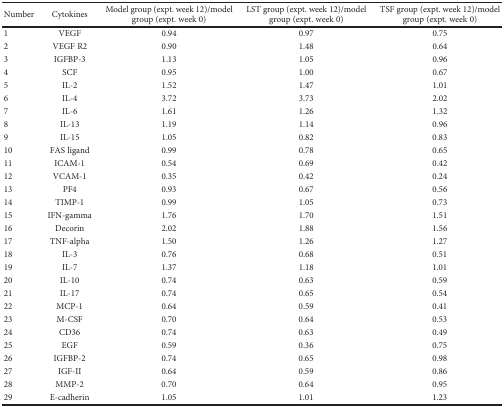
<table><thead><tr><td><b>Number</b></td><td><b>Cytokines</b></td><td><b>Model group (expt. week 12)/model group (expt. week 0)</b></td><td><b>LST group (expt. week 12)/model group (expt. week 0)</b></td><td><b>TSF group (expt. week 12)/model group (expt. week 0)</b></td></tr></thead><tbody><tr><td>1</td><td>VEGF</td><td>0.94</td><td>0.97</td><td>0.75</td></tr><tr><td>2</td><td>VEGF R2</td><td>0.90</td><td>1.48</td><td>0.64</td></tr><tr><td>3</td><td>IGFBP-3</td><td>1.13</td><td>1.05</td><td>0.96</td></tr><tr><td>4</td><td>SCF</td><td>0.95</td><td>1.00</td><td>0.67</td></tr><tr><td>5</td><td>IL-2</td><td>1.52</td><td>1.47</td><td>1.01</td></tr><tr><td>6</td><td>IL-4</td><td>3.72</td><td>3.73</td><td>2.02</td></tr><tr><td>7</td><td>IL-6</td><td>1.61</td><td>1.26</td><td>1.32</td></tr><tr><td>8</td><td>IL-13</td><td>1.19</td><td>1.14</td><td>0.96</td></tr><tr><td>9</td><td>IL-15</td><td>1.05</td><td>0.82</td><td>0.83</td></tr><tr><td>10</td><td>FAS ligand</td><td>0.99</td><td>0.78</td><td>0.65</td></tr><tr><td>11</td><td>ICAM-1</td><td>0.54</td><td>0.69</td><td>0.42</td></tr><tr><td>12</td><td>VCAM-1</td><td>0.35</td><td>0.42</td><td>0.24</td></tr><tr><td>13</td><td>PF4</td><td>0.93</td><td>0.67</td><td>0.56</td></tr><tr><td>14</td><td>TIMP-1</td><td>0.99</td><td>1.05</td><td>0.73</td></tr><tr><td>15</td><td>IFN-gamma</td><td>1.76</td><td>1.70</td><td>1.51</td></tr><tr><td>16</td><td>Decorin</td><td>2.02</td><td>1.88</td><td>1.56</td></tr><tr><td>17</td><td>TNF-alpha</td><td>1.50</td><td>1.26</td><td>1.27</td></tr><tr><td>18</td><td>IL-3</td><td>0.76</td><td>0.68</td><td>0.51</td></tr><tr><td>19</td><td>IL-7</td><td>1.37</td><td>1.18</td><td>1.01</td></tr><tr><td>20</td><td>IL-10</td><td>0.74</td><td>0.63</td><td>0.59</td></tr><tr><td>21</td><td>IL-17</td><td>0.74</td><td>0.65</td><td>0.54</td></tr><tr><td>22</td><td>MCP-1</td><td>0.64</td><td>0.59</td><td>0.41</td></tr><tr><td>23</td><td>M-CSF</td><td>0.70</td><td>0.64</td><td>0.53</td></tr><tr><td>24</td><td>CD36</td><td>0.74</td><td>0.63</td><td>0.49</td></tr><tr><td>25</td><td>EGF</td><td>0.59</td><td>0.36</td><td>0.75</td></tr><tr><td>26</td><td>IGFBP-2</td><td>0.74</td><td>0.65</td><td>0.98</td></tr><tr><td>27</td><td>IGF-II</td><td>0.64</td><td>0.59</td><td>0.86</td></tr><tr><td>28</td><td>MMP-2</td><td>0.70</td><td>0.64</td><td>0.95</td></tr><tr><td>29</td><td>E-cadherin</td><td>1.05</td><td>1.01</td><td>1.23</td></tr></tbody></table>